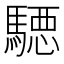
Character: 𱄪